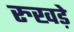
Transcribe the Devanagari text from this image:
रुखड़े